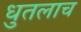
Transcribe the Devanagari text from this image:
धुतलाच